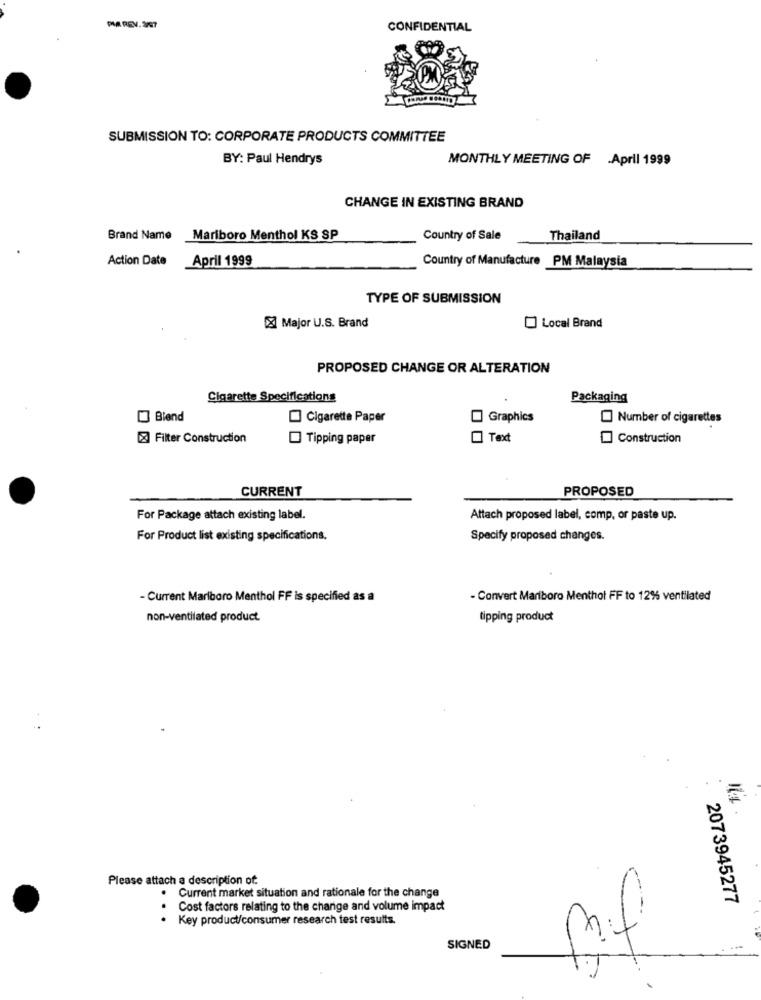
MIA REV. 207
CONFIDENTIAL
SUBMISSION TO: CORPORATE PRODUCTS COMMITTEE
BY: Paul Hendrys
MONTHLY MEETING OF .April 1999
CHANGE IN EXISTING BRAND
Brand Name Marlboro Menthol KS SP
Country of Sale
Thailand
Action Date April 1999
Country of Manufacture PM Malaysia
TYPE OF SUBMISSION
Major U.S. Brand
Local Brand
PROPOSED CHANGE OR ALTERATION
Cigarette Specifications
Packaging
] Blend
Cigarette Paper
Graphics
Number of cigarettes
Filter Construction
Tipping paper
Text
Construction
CURRENT
PROPOSED
For Package attach existing label.
Attach proposed label, comp, or paste up.
For Product list existing specifications.
Specify proposed changes.
- Current Marlboro Menthol FF is specified as a
- Convert Marlboro Menthol FF to 12% ventilated
non-ventilated product.
tipping product
Please attach a description of:
. Current market situation and rationale for the change
2073945277
Cost factors relating to the change and volume impact
Key product/consumer research test results.
SIGNED